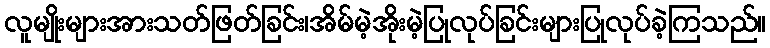
လူမျိုးများအားသတ်ဖြတ်ခြင်း၊အိမ်မဲ့အိုးမဲ့ပြုလုပ်ခြင်းများပြုလုပ်ခဲ့ကြသည်။